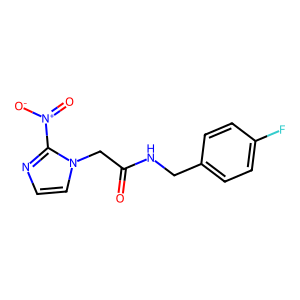
SMILES: O=C(Cn1ccnc1[N+](=O)[O-])NCc1ccc(F)cc1
Inhibits HIV replication: No